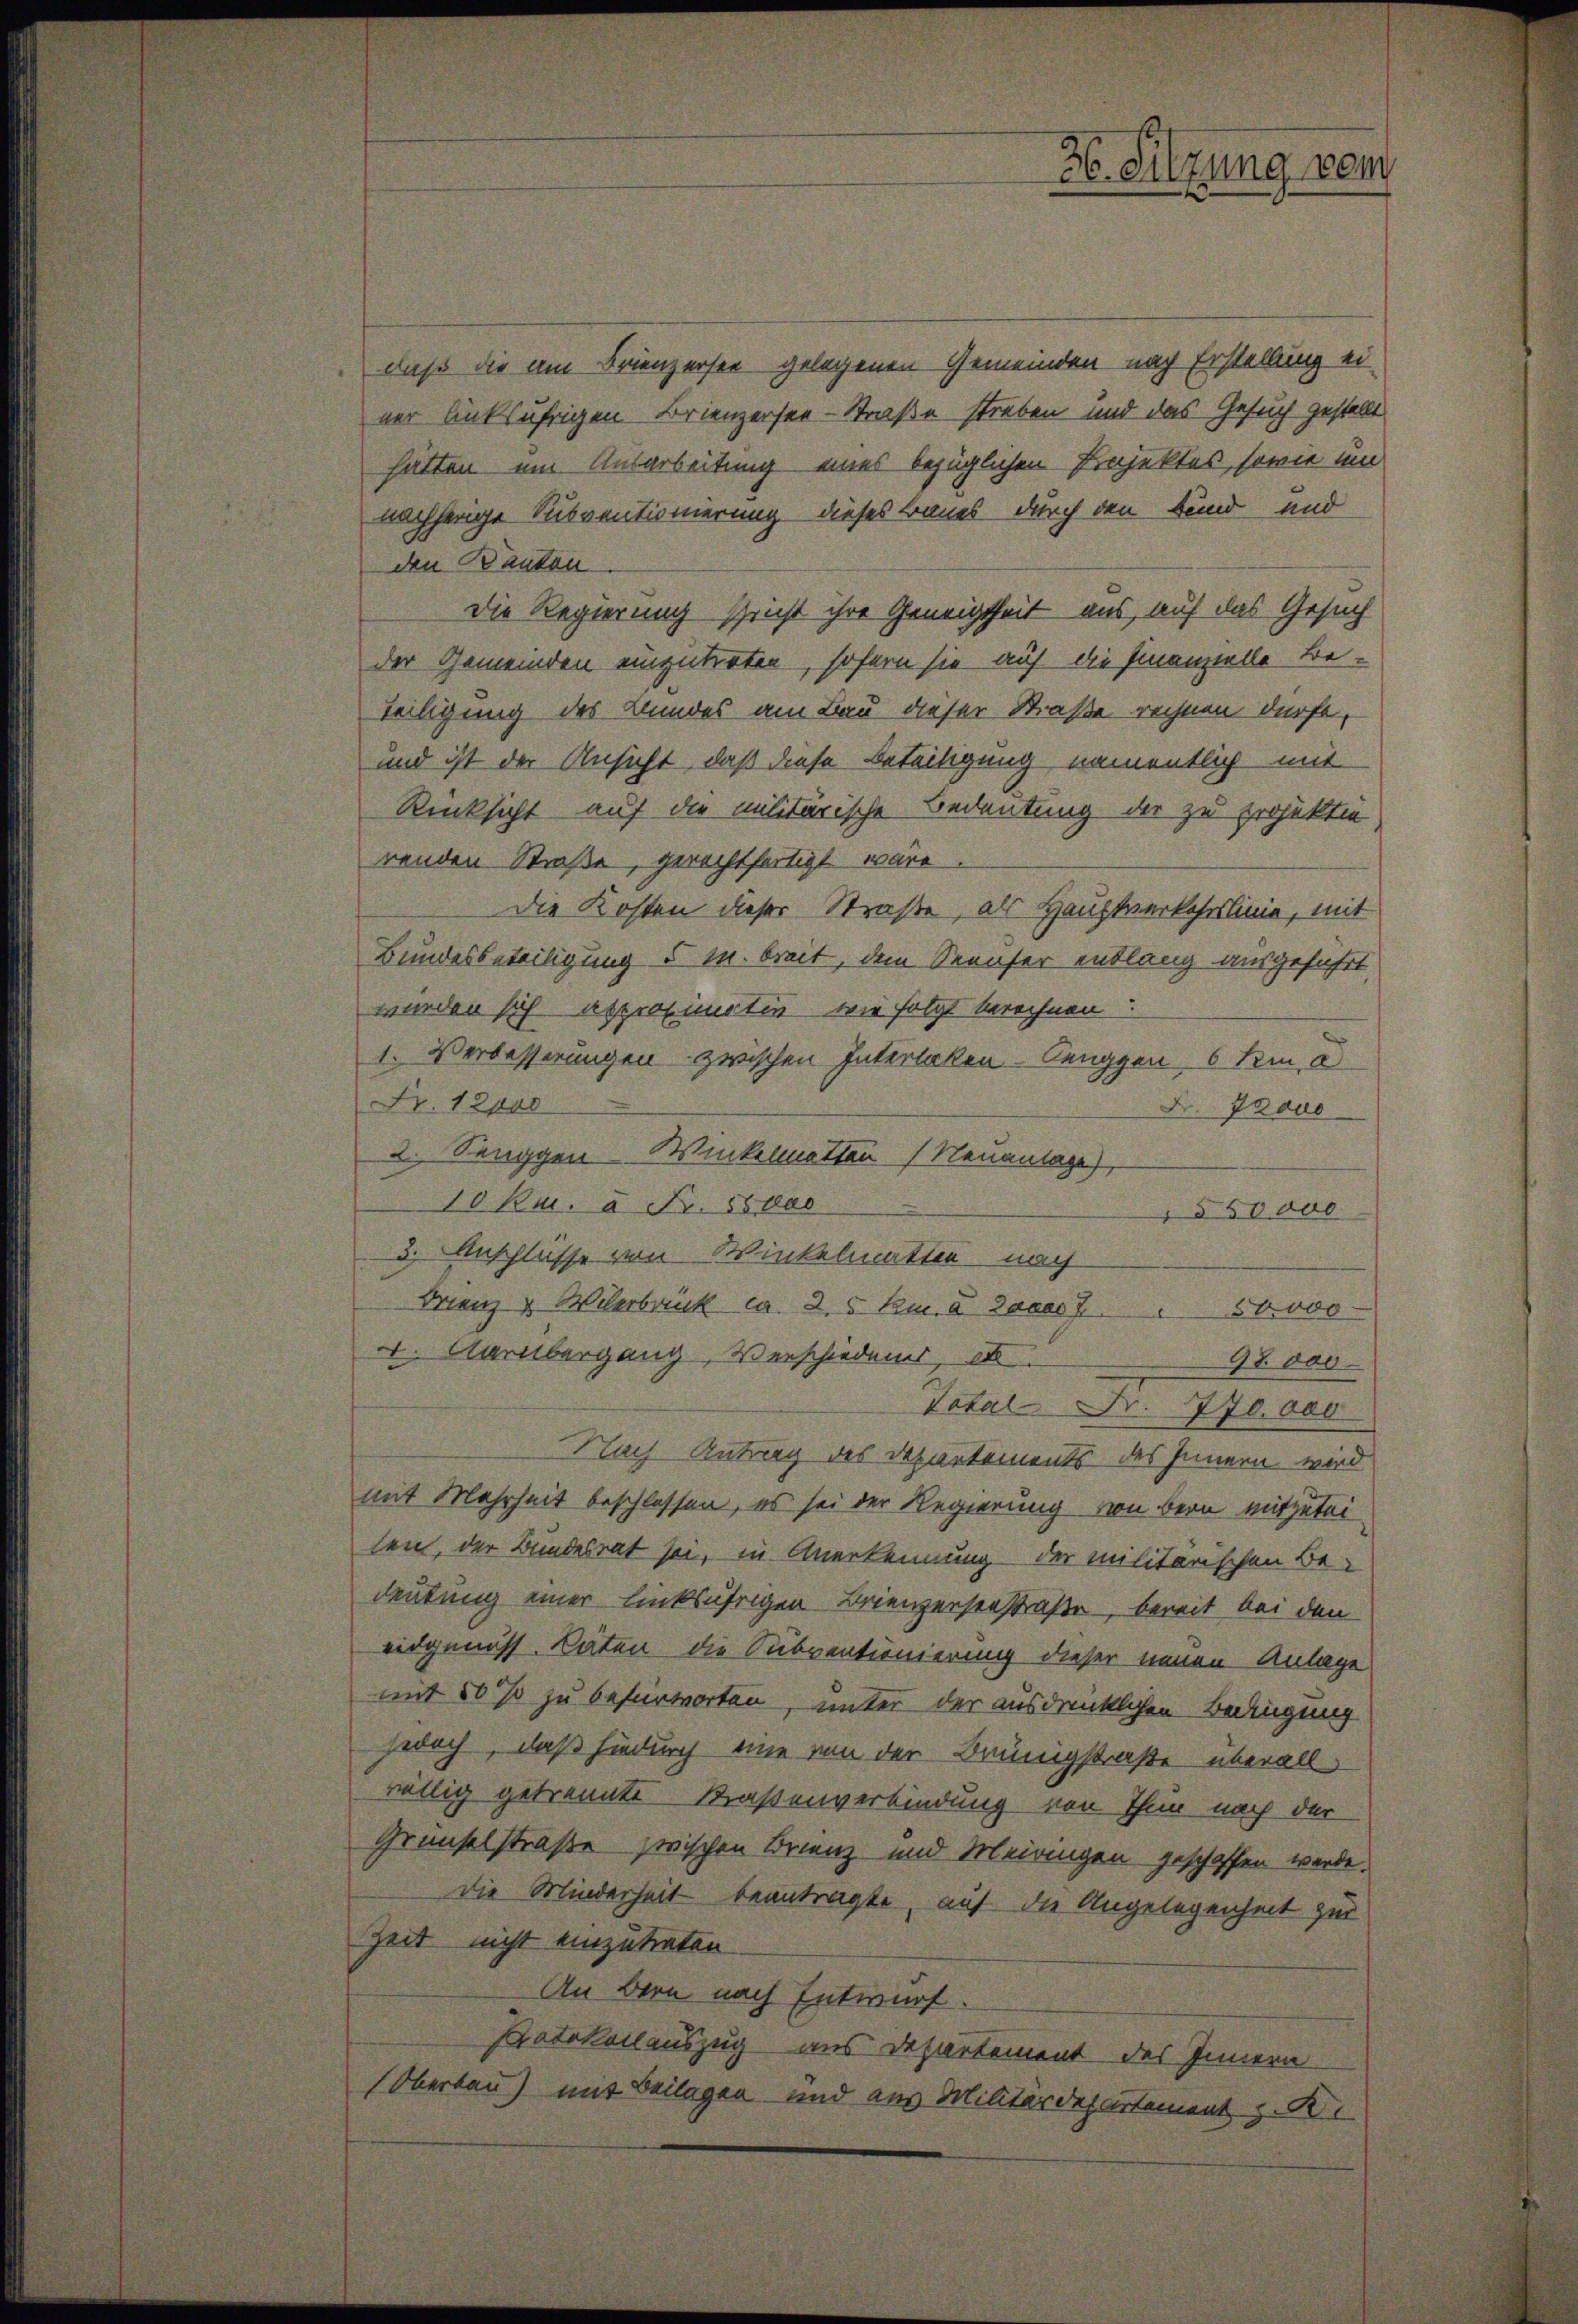
daß die am Brienzersee gelegenen Gemeinden nach Erstellung ei
ner linksufrigen Brienzersee-Straße streben und das Gesuch gestellt
hätten um Ausarbeitung eines bezüglichen Projektes, sowie und
nachherige Subventionierung dieses Baues durch den Fund und
den Kanton
Die Regierung spricht ihre Geneigtheit aus, auf das Gesuch
der Gemeinden einzutreten, sofern sie auf die Finanzielle Be-
teiligung des Bundes am Bau dieser Straße rechnen dürfe,
und ist der Ansicht, daß diese Beteiligung namentlich mit
Rücksicht auf die militärische Bedeutung der zu projekten
renden Straße, gerechtfertigt wäre
Die Kosten dieser Straße, als Hauptverkehrslinie, mit
Bundesbeteiligung 5 M. breit, dem Seeufer entlang ausgeführt,
wurden sich appropinativ wie folgt berechnen
1. Verbesserungen zwischen Interlaken-Renggen, 6 dem e
Nr. 12000
Fr. Traue
2. Senggen-Winkelmatten (Neuanlage,
10 kr. à Fr. 55000
550000
3. Anschlüsse von Winkelmatten nach
Frienz & Wilerbrück ca. 2. 5 km 8. Janus 750000
4. Darübergang, Verschieden, et
98 des
Total Fr. 770.000
Nach Antrag des Departements des Innern wird
mit Mehrheit beschlossen, es sei der Regierung von bern mitzutei
len, der Bundesrat sei, in Anerkennung der militarischen Be-
deutung einer linksährigen Brienzerseestraße, bereit bei den
eidgenoss. Caten die Subventionierung dieser neuen Anlage
mit 50 so zu befürworten, unter der ausdrücklichen Bedingung
jeoch, daß hiedurch eine von der Brünigstraße überall
völlig getrennte Straßenverbindung von Thun nach der
Gründelstraße zwischen Brienz und Meiringen geschaffen werde.
Die Minderheit beantragte, auf die Angelegenheit zur
Zeit nicht einzutreten.
An Bern nach Entwurf.
Protokollauszug aus Departement des Innern
Oberbau) mit Beilagen und aus Militärdepartement z. B.

ze. Sitzung vom